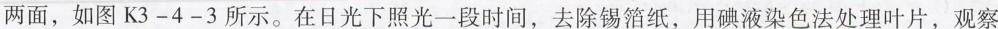
两面，如图K3-4-3所示。在日光下照光一段时间，去除锡箔纸，用碘液染色法处理叶片，观察